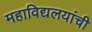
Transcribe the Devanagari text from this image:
महाविद्यलयांची